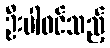
ဦးပါဝင်သည့်